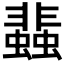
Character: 𧓊